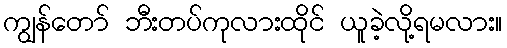
ကျွန်တော် ဘီးတပ်ကုလားထိုင် ယူခဲ့လို့ရမလား။